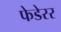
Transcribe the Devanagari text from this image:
फेडेरर